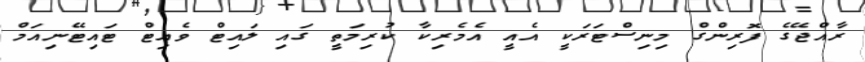
ރާއްޖޭގެ ފޮރިންގް މިނިސްޓަރަކީ އެއީ އެމެރިކާ ކުރިމަތީ ގައި ލައިޓް ވެއިޓް ޓައިޓޭނިއަމް